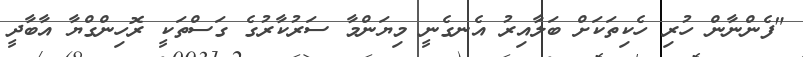
"ފެންނާން ހުރި ހެކިތަކަށް ބަލާއިރު އެނގެނީ މިޔަންމާ ސަރުކާރުގެ ގަސްތަކީ ރޮހިންގްޔާ އާބާދީ